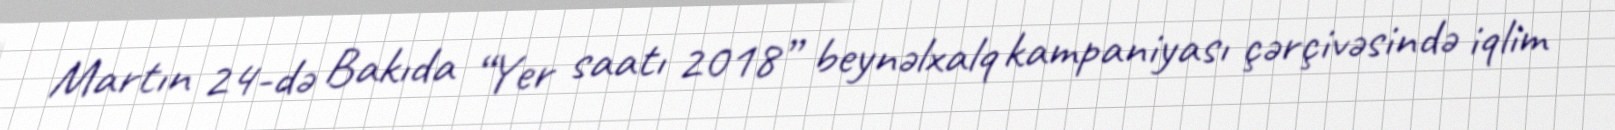
Martın 24-də Bakıda “Yer saatı 2018” beynəlxalq kampaniyası çərçivəsində iqlim